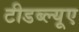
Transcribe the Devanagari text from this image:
टीडब्ल्‍यूए